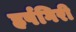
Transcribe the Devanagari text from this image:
हर्षगिरी